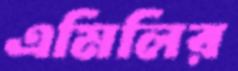
এমিলির